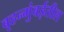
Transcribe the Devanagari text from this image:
बृहन्मुंबईतील